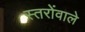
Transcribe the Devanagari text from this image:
स्तरोंवाले